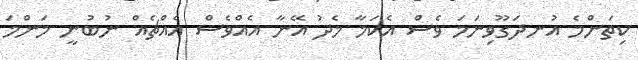
ކިތަންމެ އުނދަގޫވިނަމަ ވެސް އެކަމާ މެދު އޭނާ އެއްވެސް އެއްޗެއް ނުބުނީ މަންމަ